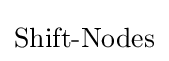
{\text{Shift-Nodes}}